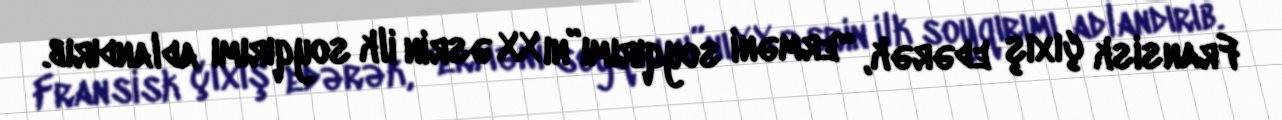
Fransisk çıxış edərək, “erməni soyqırımı”nı XX əsrin ilk soyqırımı adlandırıb.